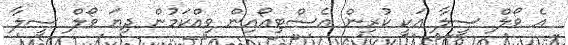
އެ ވޯލް ސީލާ އަކީ ކުރިން އެސްޓިއޯއިން ވިއްކަމުން ދިޔަ ވޯލް ސީލާ